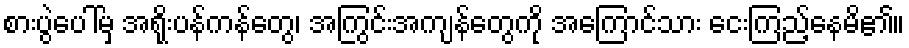
စားပွဲပေါ်မှ အရိုးပန်ကန်တွေ၊ အကြွင်းအကျန်တွေကို အကြောင်သား ငေးကြည့်နေမိ၏။